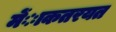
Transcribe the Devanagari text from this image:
मेंाकतरयत